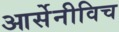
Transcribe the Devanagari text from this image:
आर्सेनीविच